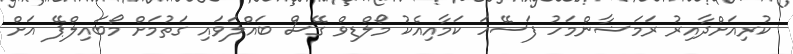
ކުރިއަށްދާއިރު ރަމަޟާންމަހު ފަސޭހަ ކަމާއިއެކު މޯލްޑިވް ގޭސް ބައްލަވައި ގަތުމަށް މޯބައިލްޕޭ އަށް